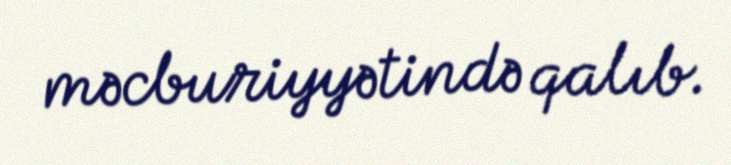
məcburiyyətində qalıb.